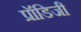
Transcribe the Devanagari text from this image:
प्रॉडिजी